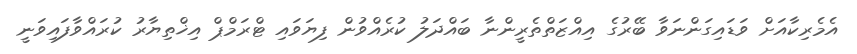
އެމެރިކާއަށް ވަޑައިގަންނަވާ ބޭރުގެ އިއްޒަތްތެރީންނާ ބައްދަލު ކުރެއްވުން ފިޔަވައި ޓްރަމްޕް އިޚްތިޔާރު ކުރައްވާފައިވަނީ